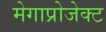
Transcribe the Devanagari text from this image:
मेगाप्रोजेक्ट